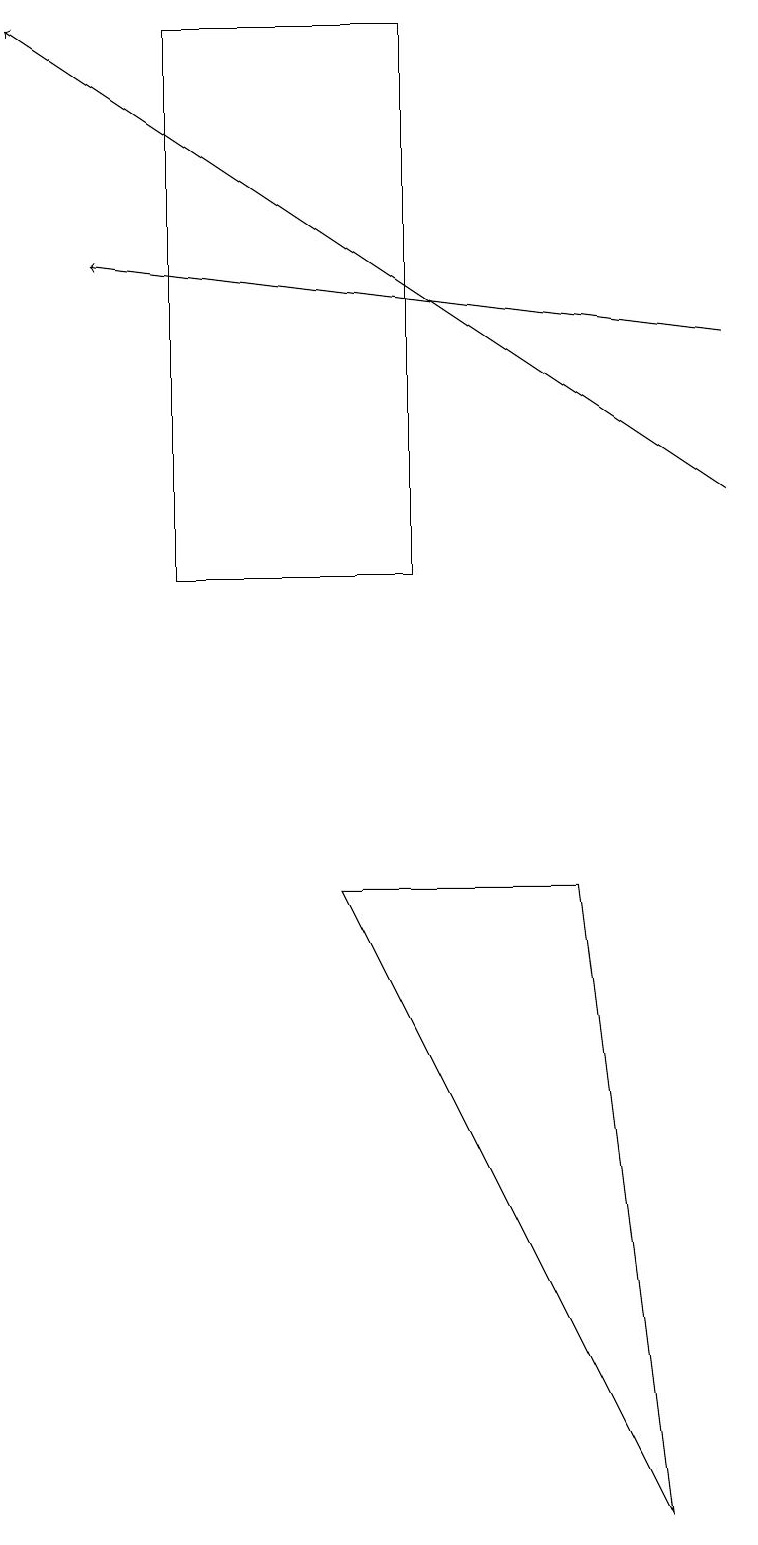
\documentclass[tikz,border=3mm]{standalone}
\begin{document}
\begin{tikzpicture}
\draw (2,12) rectangle (5,19);
\draw[->] (9,13) -- (0,19);
\draw (7,8) -- (4,8) -- (8,0) -- cycle;
\draw[->] (9,15) -- (1,16);
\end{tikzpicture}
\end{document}